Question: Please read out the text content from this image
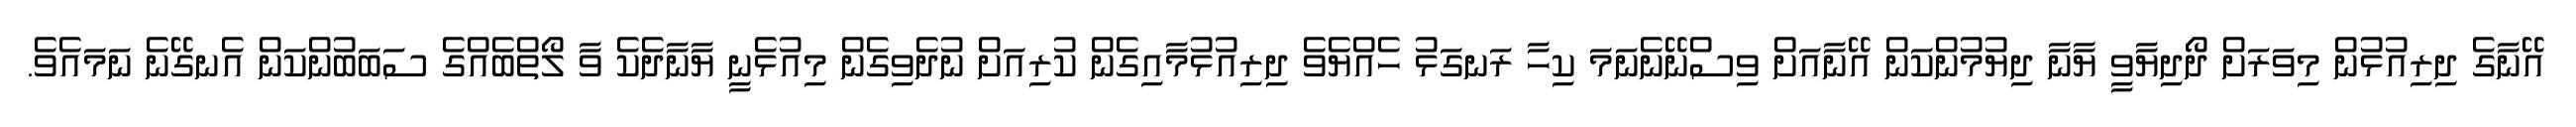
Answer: އޭނާގެ ދިރިއުޅުން މިވަރަށް ދޯދިޔާވީ ޔާނާ ދިޔުމުންކަން އޭނާއަށް ވިސްނޭނެނަމަ ކިހާ ރަނގަޅު ހެއްޔެވެ ދިރިއުޅުމާއިގެން ކުރިއަށް ނުދެވިގެން މިއުޅެނީ ޔާނާދެކެ ވާ ލޯތްބެއްގެ ސަބަބުންކަން އެނގޭނެ ނަމައެވެ.